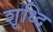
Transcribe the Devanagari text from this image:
शृध्दि